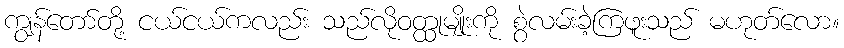
ကျွန်တော်တို့ ငယ်ငယ်ကလည်း သည်လိုဝတ္ထုမျိုးကို စွဲလမ်းခဲ့ကြဖူးသည် မဟုတ်လော။